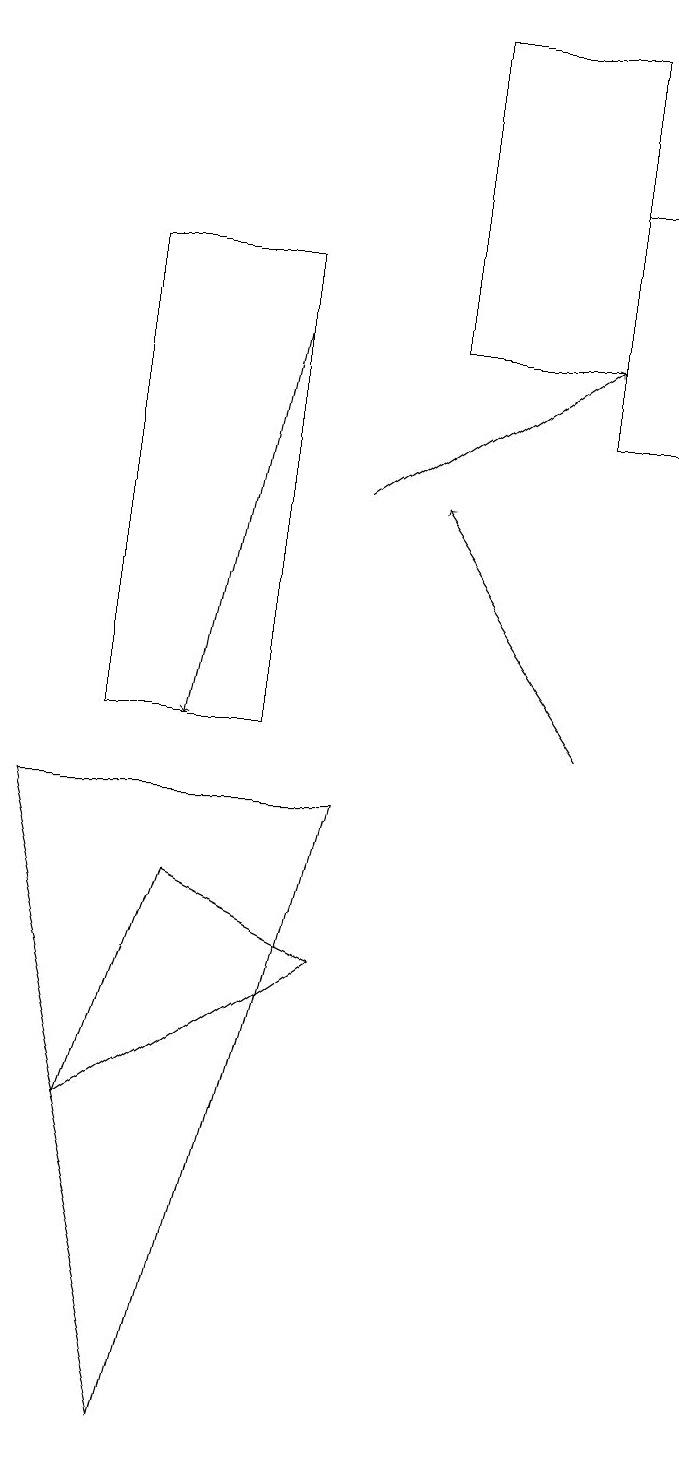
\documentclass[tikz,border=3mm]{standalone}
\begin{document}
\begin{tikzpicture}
\draw (4,9) -- (0,9) -- (2,1) -- cycle;
\draw (5,19) rectangle (7,15);
\draw[->] (3,15) -- (2,10);
\draw (7,14) rectangle (8,17);
\draw (3,10) rectangle (1,16);
\draw[->] (4,13) -- (7,15);
\draw[->] (7,10) -- (5,13);
\draw (1,5) -- (2,8) -- (4,7) -- cycle;
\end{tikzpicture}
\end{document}